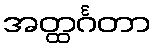
အတ္ထင်္ဂတာ